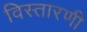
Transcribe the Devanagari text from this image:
विस्तारणी